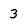
Character: 3